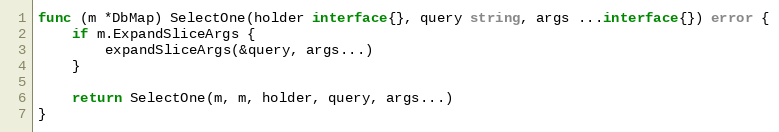
Language: Go
func (m *DbMap) SelectOne(holder interface{}, query string, args ...interface{}) error {
	if m.ExpandSliceArgs {
		expandSliceArgs(&query, args...)
	}

	return SelectOne(m, m, holder, query, args...)
}